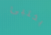
يختبئ